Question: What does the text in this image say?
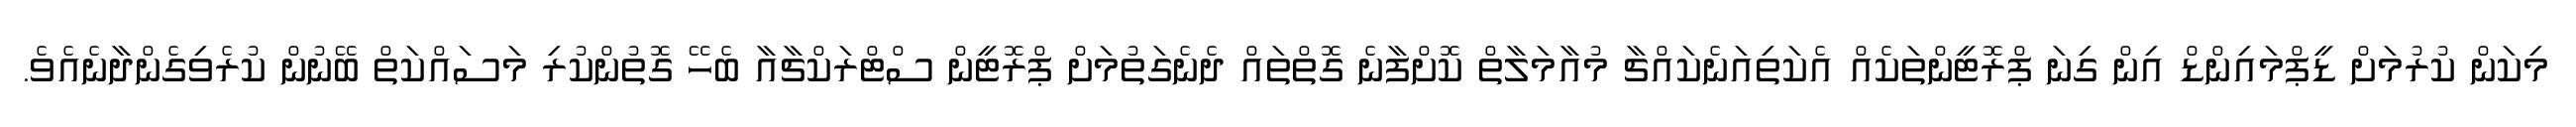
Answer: މިކަން ކުރުމަށް ޑީޕްމައިންޑް އިން ގިނަ ޕްރޮޓީންތަކެއް އެކަތިއަނެކައްޗާ މުއާމަލާތް ކޮށްފާނެ ގޮތްތައް ދެނެގަތުމަށް ޕްރޮޓީން ސްޓްރަކްޗާއާ ބެހޭ ގޮތުންކުރި މަސައްކަތް ބޭނުން ކުރެވިގެންދާނެއެވެ.